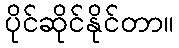
ပိုင်ဆိုင်နိုင်တာ။